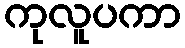
ကုလူပကာ